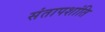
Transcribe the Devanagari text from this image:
संतापशांति